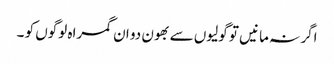
اگر نہ مانیں تو گولیوں سے بھون دو ان گمراہ لوگوں کو ۔